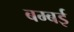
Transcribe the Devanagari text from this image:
बम्‍बई